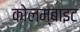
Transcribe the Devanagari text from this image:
कोलम्बाइट